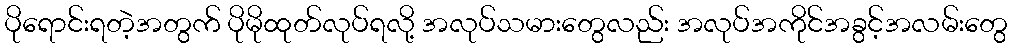
ပိုရောင်းရတဲ့အတွက် ပိုမိုထုတ်လုပ်ရလို့ အလုပ်သမားတွေလည်း အလုပ်အကိုင်အခွင့်အလမ်းတွေ